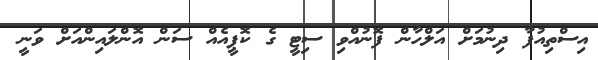
އިސްތިއުފާ ދިނުމަށް އަލްހާން ފޮނުއްވި ސިޓީ ގެ ކޮޕީއެއް ސަން އޮންލައިންއަށް ވަނީ